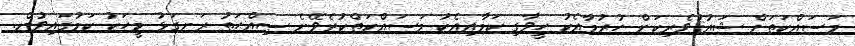
މަސައްކަތަށް ޝައުޤުވެރިކަން ހުރުމާއެކު ހީވާގި ކަމާއިއެކު މަސައްކަތްކުރެވޭނެ ޞިއްޙަތު ރަނގަޅު މީހަކު ކަމުގައިވުން.